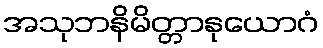
အသုဘနိမိတ္တာနုယောဂံ